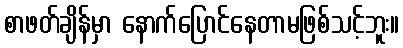
စာဖတ်ချိန်မှာ နောက်ပြောင်နေတာမဖြစ်သင့်ဘူး။